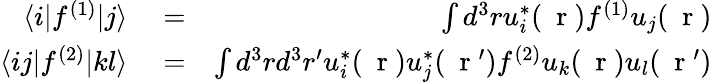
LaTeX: \begin{array}{rlr}{\langle i|f^{(1)}|j\rangle}&{{}=}&{\int d^{3}ru_{i}^{*}(\mathrm{~\mathbf~r~})f^{(1)}u_{j}(\mathrm{~\mathbf~r~})}\\ {\langle ij|f^{(2)}|kl\rangle}&{{}=}&{\int d^{3}rd^{3}r^{\prime}u_{i}^{*}(\mathrm{~\mathbf~r~})u_{j}^{*}(\mathrm{~\mathbf~r~}^{\prime})f^{(2)}u_{k}(\mathrm{~\mathbf~r~})u_{l}(\mathrm{~\mathbf~r~}^{\prime})}\end{array}